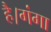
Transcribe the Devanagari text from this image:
है।गंगा